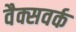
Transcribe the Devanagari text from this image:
वैक्सवर्क